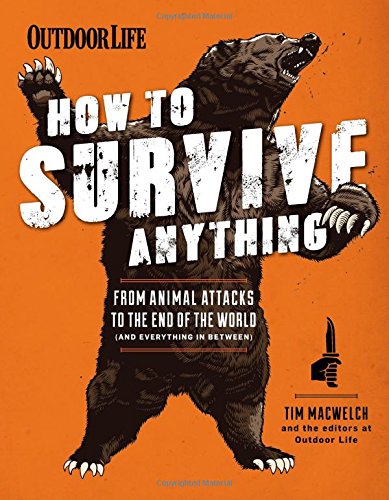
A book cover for How to Survive Anything: From Animal Attacks to the End of the World (and everything in between) (Outdoor Life); The Editors of Outdoor Life; Reference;